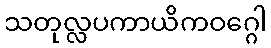
သတုလ္လပကာယိကဝဂ္ဂေါ